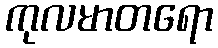
ကုလမာတရော